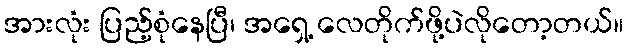
အားလုံး ပြည့်စုံနေပြီ၊ အရှေ့ လေတိုက်ဖို့ပဲလိုတော့တယ်။